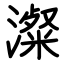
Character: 澯